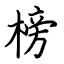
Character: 榜